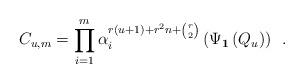
LaTeX: \begin{align*} C_{u,m}=\prod_{i=1}^m\alpha_i^{r(u+1)+r^2n+{r\choose 2}}\left(\Psi_{\boldsymbol{1}}\left(Q_u\right)\right)\enspace.\end{align*}